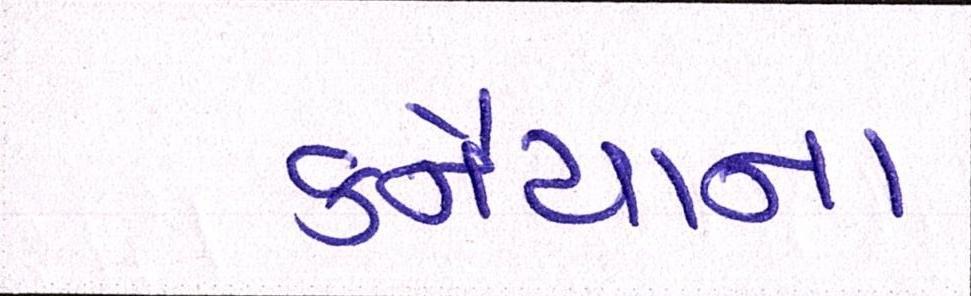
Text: કનૈયાના